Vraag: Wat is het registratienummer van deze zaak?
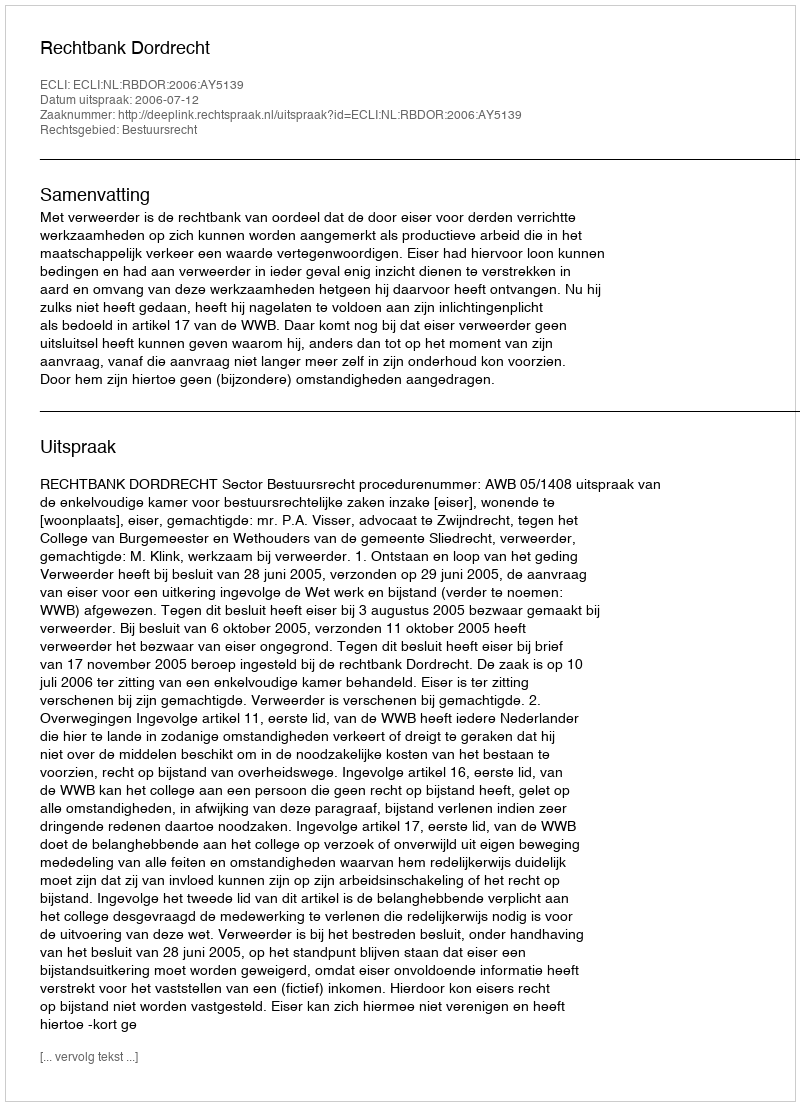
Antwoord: http://deeplink.rechtspraak.nl/uitspraak?id=ECLI:NL:RBDOR:2006:AY5139